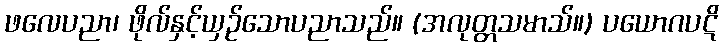
ဖလေပညာ၊ ဖိုလ်နှင့်ယှဉ်သောပညာသည်။ (အလုတ္တသမာသ်။) ပယောဂပဋိ